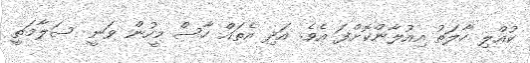
ކުއްލި ހާލަތު އިއުލާންކޮށްފަ އެވެ. އަދި އެތައް ހާސް މީހުން ވަނީ ސަލާމަތީ